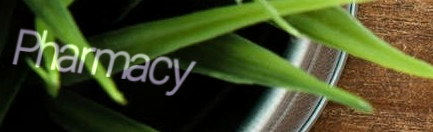
Pharmacy